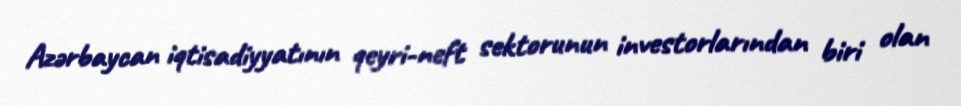
Azərbaycan iqtisadiyyatının qeyri-neft sektorunun investorlarından biri olan